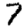
Digit: 7